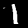
Digit: 1